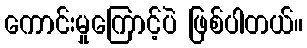
ကောင်းမှုကြောင့်ပဲ ဖြစ်ပါတယ်။